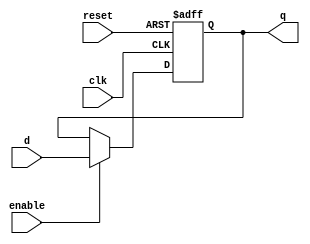
module ffd1 (input clk, reset, enable, d, output reg q);
    always @ (posedge clk or posedge reset)begin
        if (reset) begin
            q <= 1'b0;
        end
        else if (enable) begin
            q <= d;
        end
    end
endmodule


module fft(input wire clk, reset, enable, output wire Y);
    wire d;
    not (d, Y);
    ffd1 u(clk, reset, enable, d, Y);
endmodule